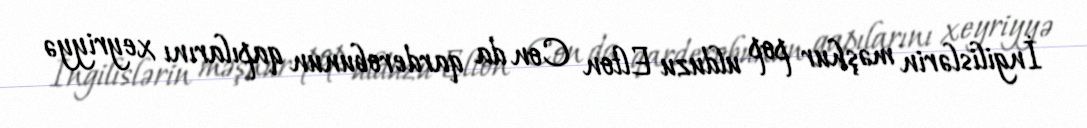
İngilislərin məşhur pop ulduzu Elton Con da qarderobunun qapılarını xeyriyyə